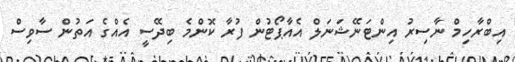
އިބްރާހިމް ނާސިރު އިންޓަނޭޝަނަލް އެއާޕޯޓުން ފުރާ ކޮންމެ ބިދޭސީ އެއްގެ އަތުން ސާވިސް